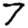
Digit: 7